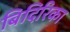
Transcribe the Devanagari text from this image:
बिदिरिका